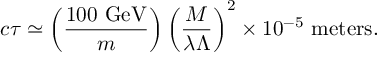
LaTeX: c \tau \simeq \left( { \frac { 1 0 0 ~ \mathrm { G e V } } { m } } \right) \left( { \frac { M } { \lambda \Lambda } } \right) ^ { 2 } \times 1 0 ^ { - 5 } ~ \mathrm { m e t e r s } .